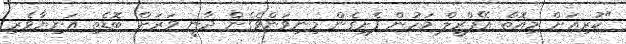
"ކުރިއަށް މިއޮތް އޭޕްރީލް މަހުން ފެށިގެން މިނިވަންވެގެން ދާނީ ވަރަށް ބޮޑެތި އަނިޔާވެރި